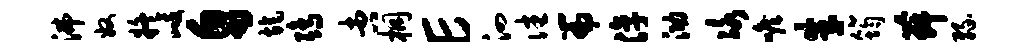
沸奴疑歧帛旄鸱杏桐E泗往篇淳泐冰喉朱筠舞缘